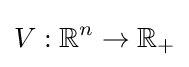
V:\mathbb {R} ^{n}\to \mathbb {R} _{+}